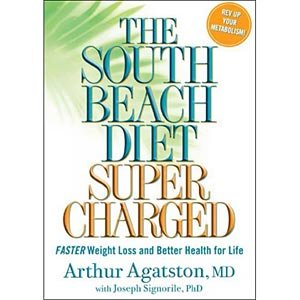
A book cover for The South Beach Diet Supercharged Faster Weight Loss and Better Health for Life [2008 Hardcover] Arthur Agatston MD (Author) Joseph Signorile PhD (Author)The South Beach Diet Supercharged Faster Weight Loss and Better Health for Life [2008 Hardcover]; Health, Fitness & Dieting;